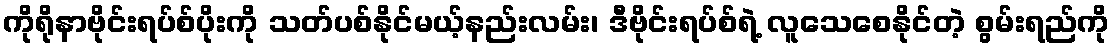
ကိုရိုနာဗိုင်းရပ်စ်ပိုးကို သတ်ပစ်နိုင်မယ့်နည်းလမ်း၊ ဒီဗိုင်းရပ်စ်ရဲ့ လူသေစေနိုင်တဲ့ စွမ်းရည်ကို